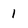
Character: 1